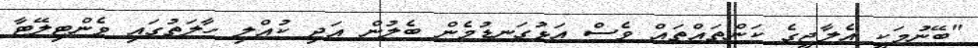
"ބޭނުމަކީ އެލާޖީގެ ކަންތައްތައް ވެސް އަޅުގަނޑުމެން ބެލުން އަދި ކުއްލި ހާލަތުގައި ވެންޓިލޭޓާ